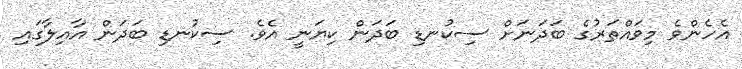
އެހެންވެ މިވައްތަރުގެ ބަދަނަށް ސިކުނޑި ބަދަން ކިޔަނީ އެވެ. ސިކުނޑި ބަދަން އާއިލާގައި